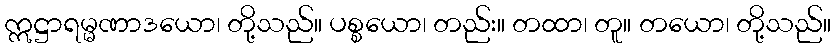
ဣဋ္ဌာရမ္မဏာဒယော၊ တို့သည်။ ပစ္စယော၊ တည်း။ တထာ၊ တူ။ တယော၊ တို့သည်။